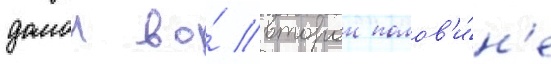
домои во́ второи полов'и́н'е